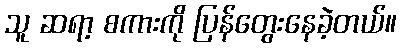
သူ ဆရာ့ စကားကို ပြန်တွေးနေခဲ့တယ်။